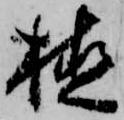
植